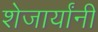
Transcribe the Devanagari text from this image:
शेजार्यांनी